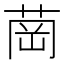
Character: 𦱌